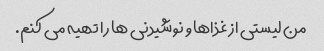
من لیستی از غذاها و نوشیدنی ها را تهیه می کنم.